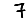
Digit: 7